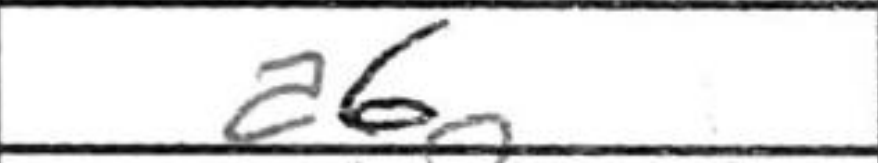
Transcription: a6